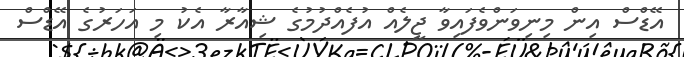
އޭޑްސް އިން މިނިވަންވެފައިވާ ޖީލެއް އުފެއްދުމުގެ ޝިއާރާ އެކު މި އަހަރުގެ އޭޑްސް